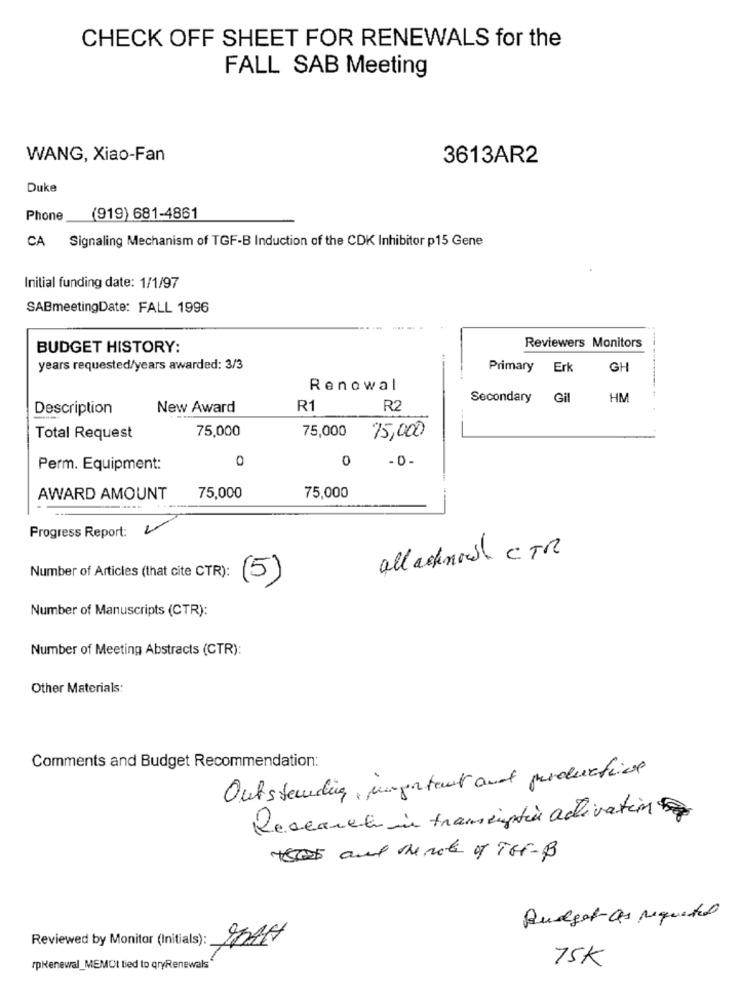
CHECK OFF SHEET FOR RENEWALS for the
FALL SAB Meeting
WANG, Xiao-Fan
3613AR2
Duke
Phone
(919) 681-4861
CA Signaling Mechanism of TGF-B Induction of the CDK Inhibitor p15 Gene
Initial funding date: 1/1/97
SABmeetingDate: FALL 1996
Reviewers Monitors
BUDGET HISTORY:
years requested/years awarded: 3/3
Primary
Erk
GH
Renowal
Secondary
Gil
HM
Description
New Award
R1
R2
75,000
Total Request
75,000
75,000
0
0
Perm. Equipment:
AWARD AMOUNT
75,000
75,000
Progress Report:
all acknow CTR
Number of Articles (that cite CTR):
(5)
Number of Manuscripts (CTR):
Number of Meeting Abstracts (CTR):
Other Materials:
Comments and Budget Recommendation:
Outstanding , important auf productive
Research in transsigtin activation
+ and the note of THE-B
Budget as requested
Reviewed by Monitor (Initials):
75K
rpRenewal_MEMCt tied to qryRenewals